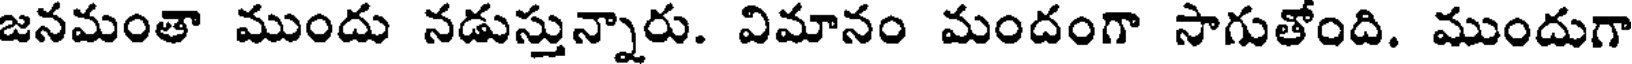
జనమంతా ముందు నడుస్తున్నారు. విమానం మందంగా సాగుతోంది. ముందుగా